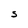
Character: S